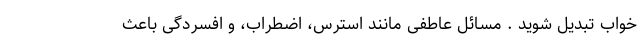
خواب تبدیل شوید . مسائل عاطفی مانند استرس، اضطراب، و افسردگی باعث